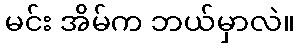
မင်း အိမ်က ဘယ်မှာလဲ။